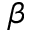
\beta